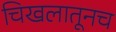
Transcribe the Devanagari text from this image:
चिखलातूनच